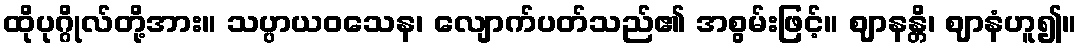
ထိုပုဂ္ဂိုလ်တို့အား။ သပ္ပာယဝသေန၊ လျောက်ပတ်သည်၏ အစွမ်းဖြင့်။ ဈာနန္တိ၊ ဈာနံဟူ၍။